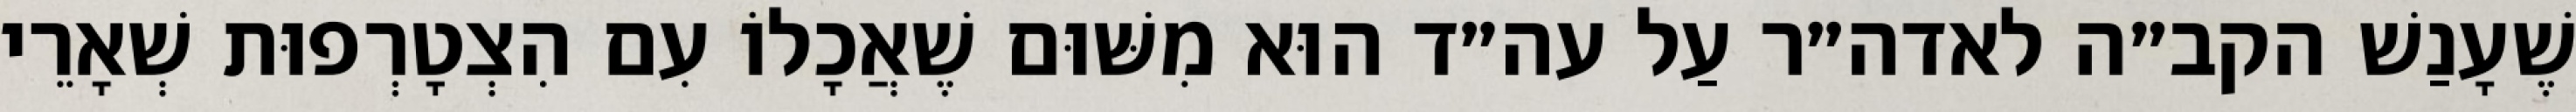
שֶׁעָנַשׁ הקב״ה לאדה״ר עַל עה״ד הוּא מִשּׁוּם שֶׁאֲכָלוֹ עִם הִצְטָרְפוּת שְׁאָרֵי